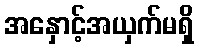
အနှောင့်အယှက်မရှိ